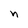
Character: n